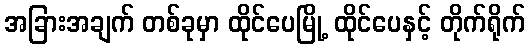
အခြားအချက် တစ်ခုမှာ ထိုင်ပေမြို့ ထိုင်ပေနှင့် တိုက်ရိုက်